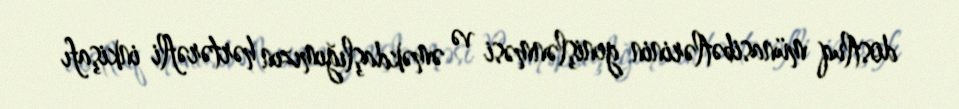
dostluq münasibətlərinin genişlənməsi və əməkdaşlığımızın hərtərəfli inkişafı